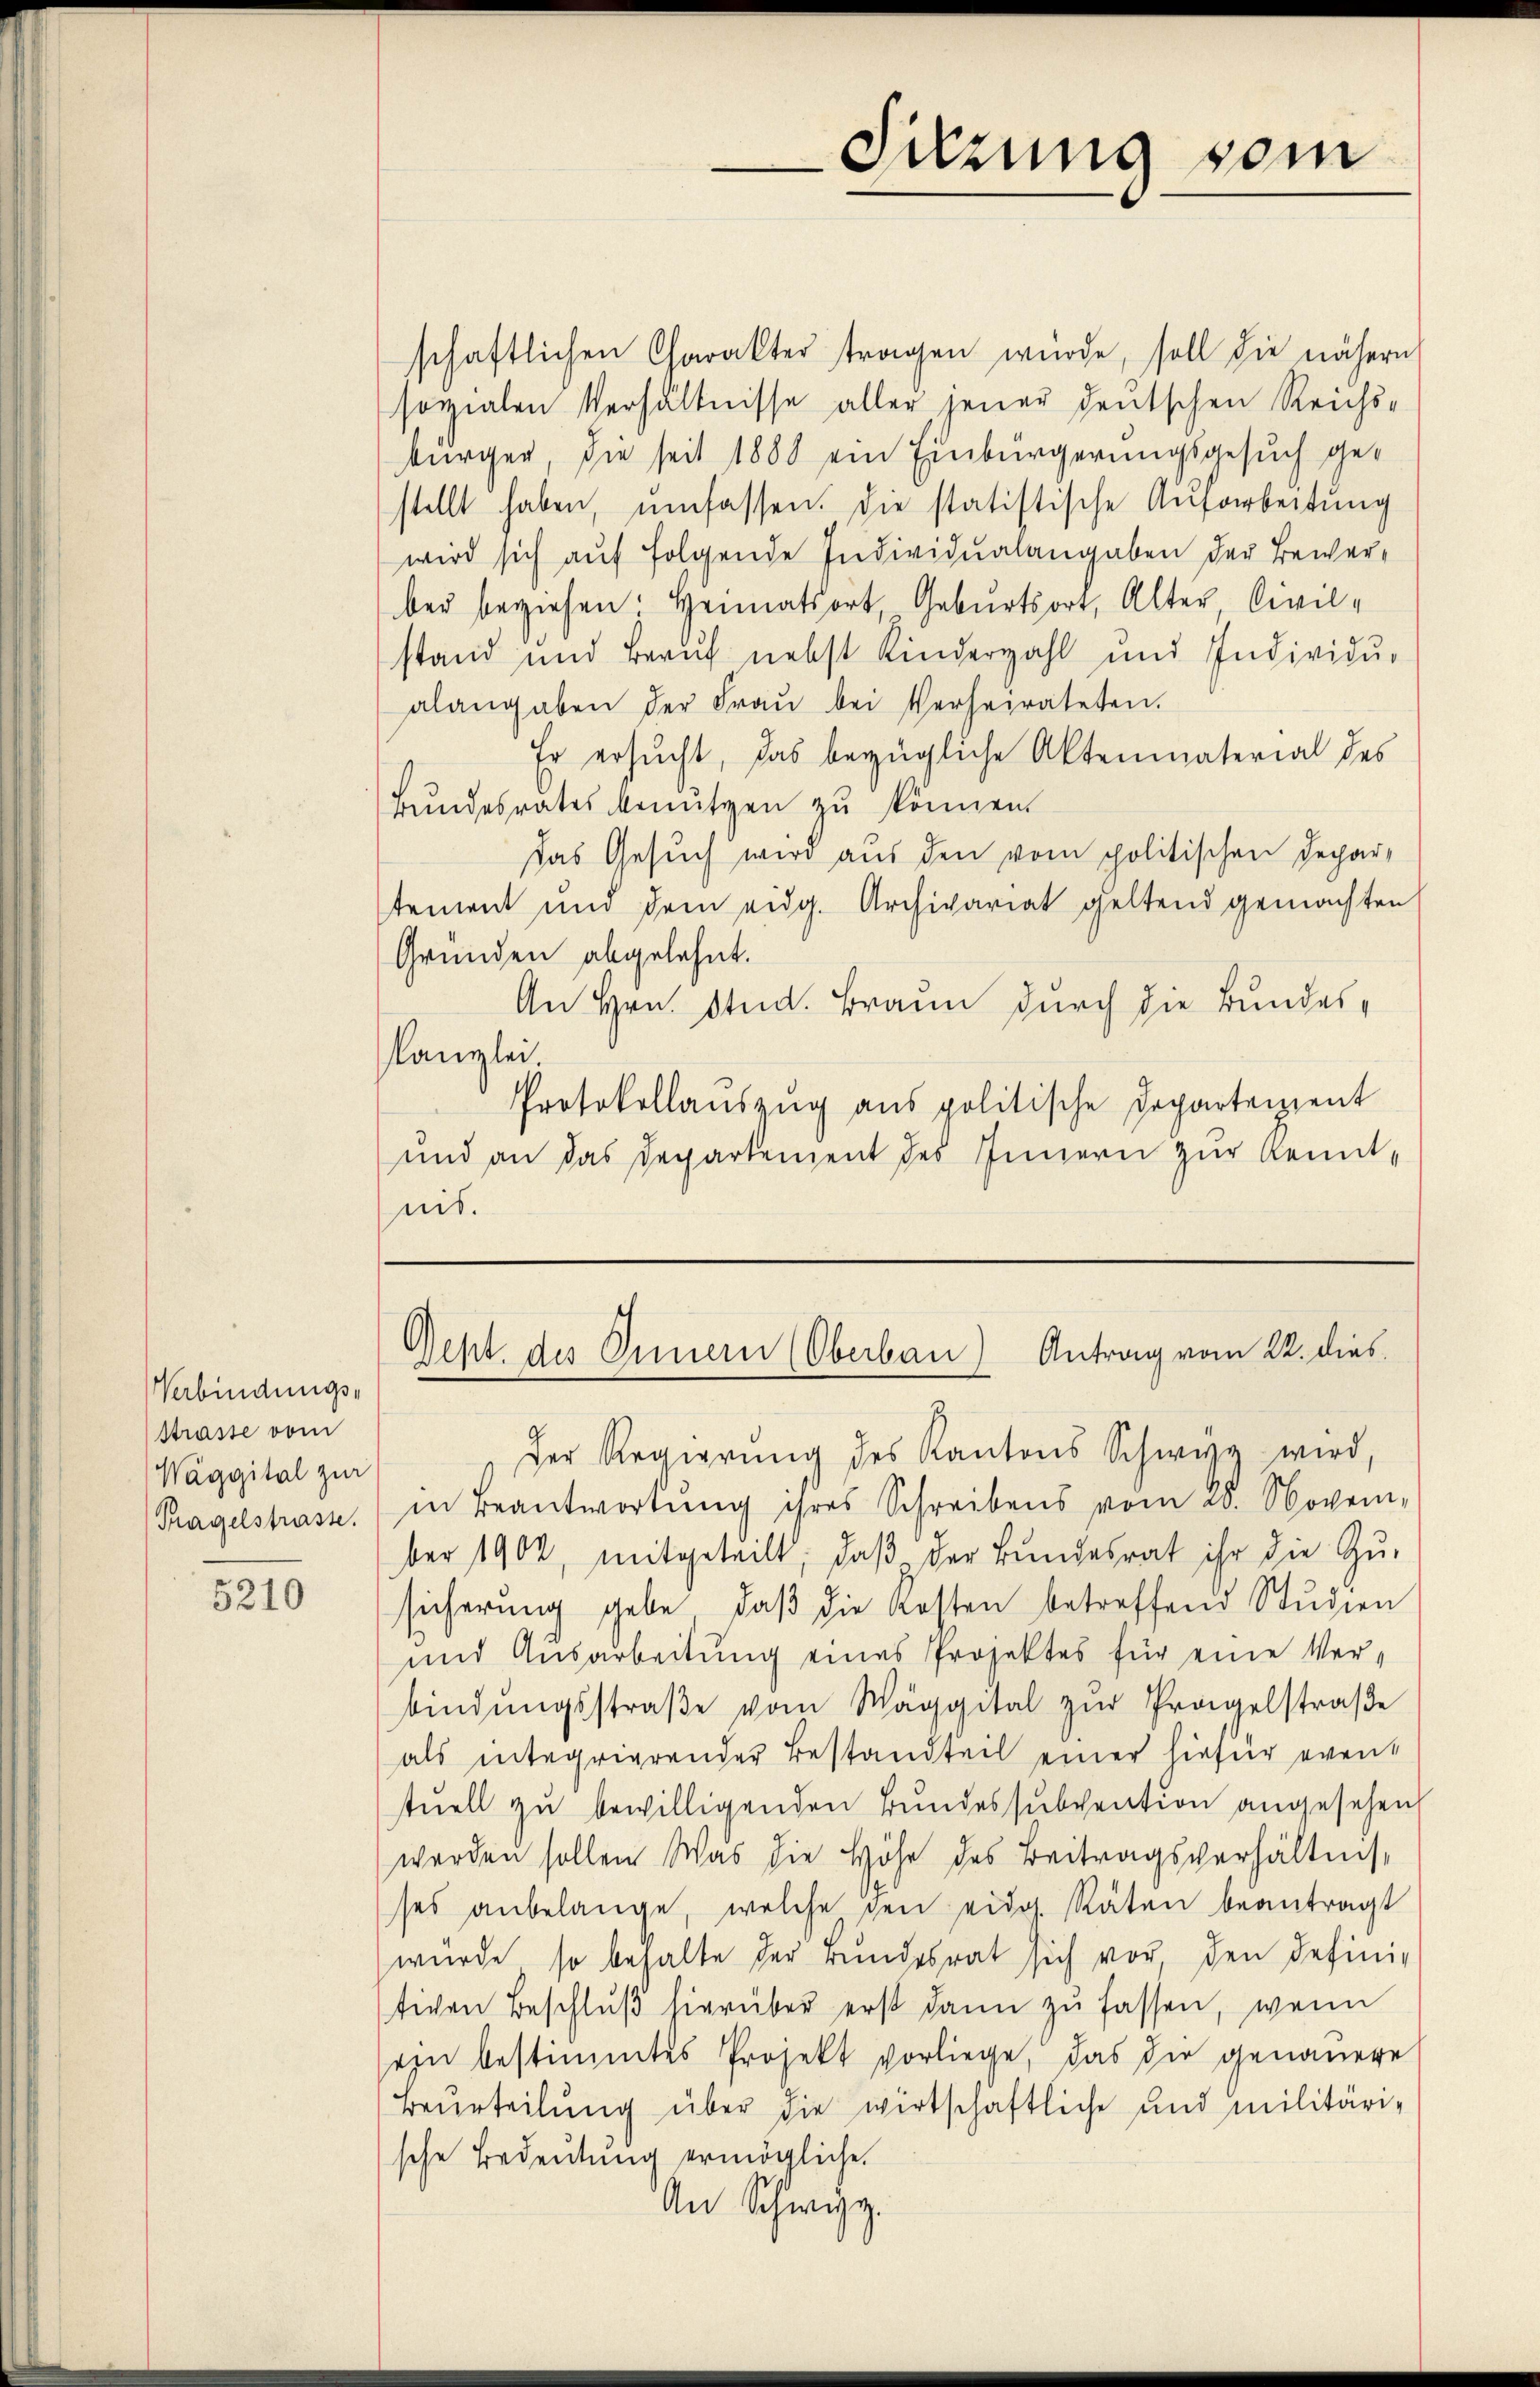
Verbindungs-
Strasse vom
Waggital zur
Tragelstrasse.

5210

schaftlichen Charakter tragen wurde, soll die nähern
sozialen Verhältnisse aller jener deutschen Reichs-
bürger die seit 1888 ein Einbürgerungsgesuch gestellt haben, ŭmfassen. Die statistische Aufarbeitŭng
wird sich auf folgende Individualangaben der Bewerber beziehen: Heimatsort Geburtsort, Alter Civil-
stand und Beruf nebst Kinderzahl und Individu
alangaben der Fraŭ bei Verheirateten.
Er ersucht, das bezügliche Aktenmaterial des
Bundesrates benutzen zu können.
Das Gesuch wird aus den vom politischen Departement und dem eidg. Archivariat geltend gemachten
Gründen abgelehnt.
An Hrn. Stud. Brann durch die Bundes¬
Kanzlei.
Protokollauszug aus politische Departement
und an das Departement des Innern zur Kennt-
nit.

Sitzung vom

Geht des Innern (Oberbau) Antrag vom 22. dies

Der Regierŭng des Kantons Schwyz wird,
in Beantwortŭng ihres Schreibens vom 20. Novem-
ber 1902, mitgeteilt, daβ der Bŭndesrat ihr die Zŭ-
sicherung gebe, daβ die Kosten betreffend Studien
und Ausarbeitung eines Projektes für eine Ver-
bindŭngsstraβe vom Wäggital zŭr Prangelstraβe
als integrierender Bestandteil einer hiefür eventŭell zŭ bewilligenden Bundessubvention angesehen,
werden sollen Was die Höhe des Beitragsverhältnis
ses anbelange, welche den eidg. Räten beantragt
wurde so behalte der Bŭndesrat sich vor, den defini-
tiven Beschlŭβ hierüber erst dann zŭ fassen, wenn
sein bestimmtes Projekt vorliege, das die genauere
Beurteilung über die wirtschaftliche und militäri-
sche Bedeutung ermögliche.
An Schwyz.